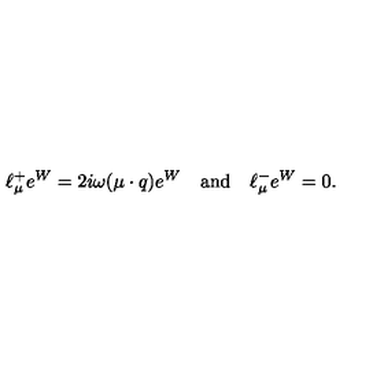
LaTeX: \ell _ { \mu } ^ { + } e ^ { W } = 2 i \omega ( \mu \cdot q ) e ^ { W } \quad \mathrm { a n d } \quad \ell _ { \mu } ^ { - } e ^ { W } = 0 .